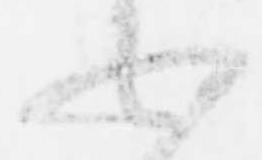
不